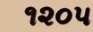
૧૨૦૫